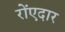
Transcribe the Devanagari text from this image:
रोंएदार